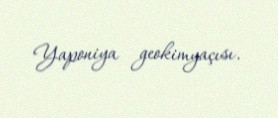
Yaponiya geokimyaçısı.